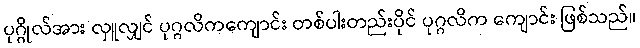
ပုဂ္ဂိုလ်အား လှူလျှင် ပုဂ္ဂလိကကျောင်း တစ်ပါးတည်းပိုင် ပုဂ္ဂလိက ကျောင်း ဖြစ်သည်။